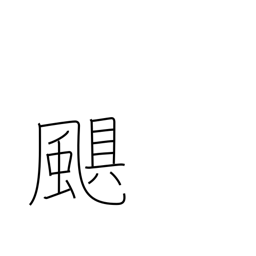
Meaning: storm